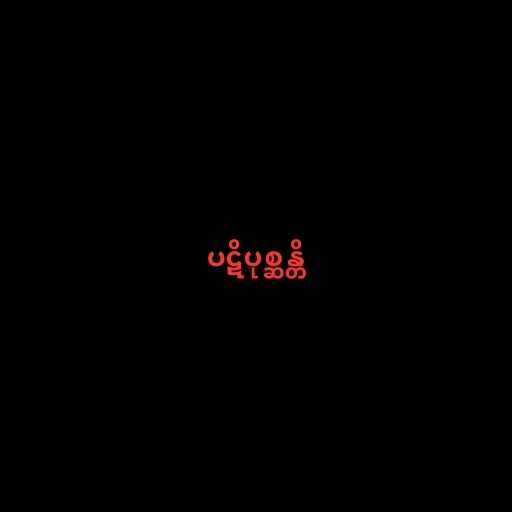
ပဋိပုစ္ဆန္တိ